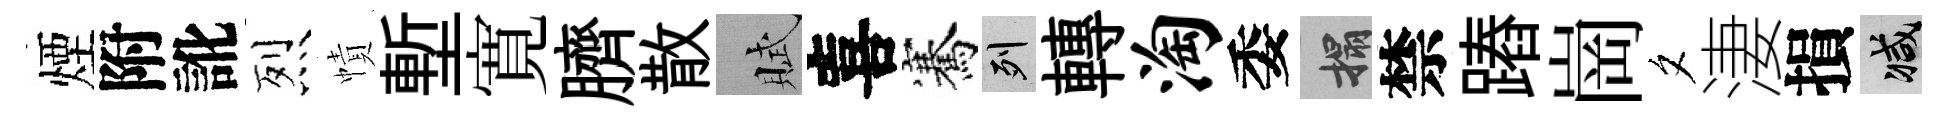
煙附訛烈幘塹寛臍散賦喜騫列轉淘委搨禁蹖崗夕淒損减